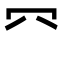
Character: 㓁